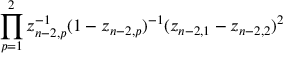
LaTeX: \prod _ { p = 1 } ^ { 2 } z _ { n - 2 , p } ^ { - 1 } ( 1 - z _ { n - 2 , p } ) ^ { - 1 } ( z _ { n - 2 , 1 } - z _ { n - 2 , 2 } ) ^ { 2 }